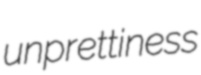
unprettiness